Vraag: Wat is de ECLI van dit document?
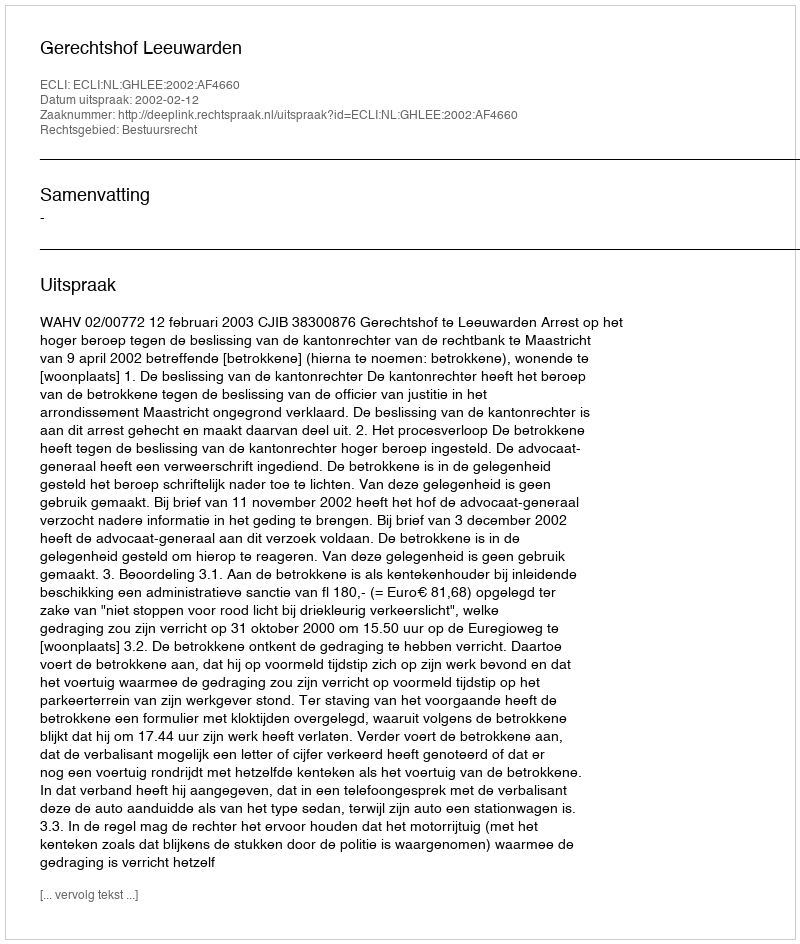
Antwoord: ECLI:NL:GHLEE:2002:AF4660